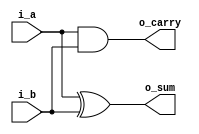
`timescale 1ns / 1ps
/////////////////////////////////////////////////////////
////// HALF ADDDER
/////////////////////////////////////////////////////////
module half_adder( i_a, i_b, o_sum, o_carry );

input	 i_a, i_b;
output o_sum, o_carry;

assign o_sum = i_a^i_b;
assign o_carry = i_a & i_b; 

endmodule
/////////////////////////////////////////////////////////
////// FULL ADDDER
/////////////////////////////////////////////////////////
module full_adder( i_a, i_b, i_carry, o_sum, o_carry );

input 	i_a, i_b, i_carry;
output 	o_sum, o_carry;

wire 		half_sum, half_carry1, half_carry2;

half_adder half_adder_inst1(.i_a    ( i_a ),
								    .i_b    ( i_b ),
									 .o_sum  ( half_sum ),
									 .o_carry( half_carry1 )
									);
									
half_adder half_adder_inst2(.i_a    ( half_sum ),
									 .i_b    ( i_carry ),
									 .o_sum  ( o_sum ),
									 .o_carry( half_carry2 )
									);		
assign o_carry = half_carry1 | half_carry2;							
									
endmodule
/////////////////////////////////////////////////////////
////// PARAMETRIC ADDER (WIDTH = 4)
/////////////////////////////////////////////////////////
module adder_4bit ( i_a, i_b, i_carry, o_sum, o_carry );

parameter WIDTH = 4;

input  	[WIDTH-1:0] i_a, i_b;
input  				         i_carry;
output 	[WIDTH-1:0] o_sum;
output 				         o_carry;

wire 		[WIDTH-1:0]	carry;

genvar i;

generate
	for( i = 0; i < WIDTH; i = i + 1 )begin: ADDER
		if( i == 0 ) 
					full_adder full_adder (.i_a		( i_a[i] ),
												  .i_b		( i_b[i] ),
												  .i_carry	( i_carry ),
												  .o_sum    ( o_sum[i] ),
												  .o_carry	( carry[i] )
												 );
		 else if( i == (WIDTH-1) ) 
					full_adder full_adder (.i_a		( i_a[i] ),
												  .i_b		( i_b[i] ),
												  .i_carry	( carry[i-1] ),
												  .o_sum    ( o_sum[i] ),
												  .o_carry	( o_carry )
												  );
		else 
					full_adder full_adder (.i_a		( i_a[i] ),
												  .i_b		( i_b[i] ),
												  .i_carry	( carry[i-1] ),
												  .o_sum    ( o_sum[i] ),
												  .o_carry	( carry[i] )
												 );
				
		end
endgenerate
endmodule
//////////////////////////////////////////
//ADD OR SUB
/////////////////////////////////////////


module add_sub (i_var1, i_var2, o_res,o_carry);

parameter MODE	 = 1;
parameter WIDTH = 4;

input  [WIDTH-1:0] 	i_var1, i_var2;
output [WIDTH-1:0]   o_res;
output					o_carry;
wire	 [WIDTH-1:0]   adder;
wire   					carry_in;

generate
	if(MODE) begin
		assign adder = i_var2;
		assign carry_in = 1'b0;
	end else begin
		assign adder = ~i_var2;
		assign carry_in = 1'b1;
	end
endgenerate

adder_4bit #( .WIDTH ( WIDTH ) ) adder_4bit_inst( .i_a     ( i_var1 ),
                                                  .i_b     ( adder ),
                                                  .i_carry ( carry_in ),
                                                  .o_sum   ( o_res  ),
                                                  .o_carry ( o_carry )
                                                );
																
endmodule